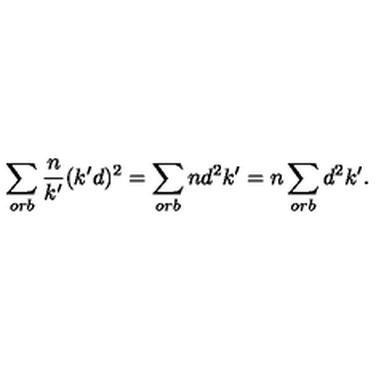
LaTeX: \sum _ { o r b } \frac { n } { k ^ { \prime } } ( k ^ { \prime } d ) ^ { 2 } = \sum _ { o r b } n d ^ { 2 } k ^ { \prime } = n \sum _ { o r b } d ^ { 2 } k ^ { \prime } .